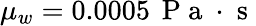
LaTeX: \mu_{w}=0.0005\, \mathrm{~P~a~}\cdot\mathrm{~s~}